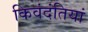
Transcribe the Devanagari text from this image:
किवंदंतियां